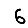
Digit: 6